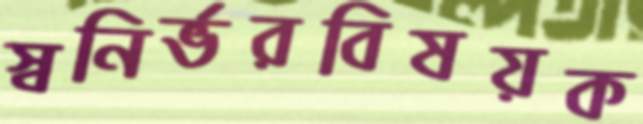
স্বনির্ভরবিষয়ক